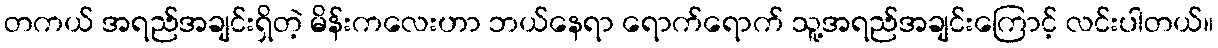
တကယ် အရည်အချင်းရှိတဲ့ မိန်းကလေးဟာ ဘယ်နေရာ ရောက်ရောက် သူ့အရည်အချင်းကြောင့် လင်းပါတယ်။